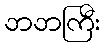
ဘဘကြီး